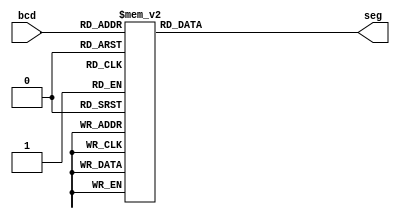
`timescale 1ns / 1ps
//////////////////////////////////////////////////////////////////////////////////
// Company: 
// Engineer: 
// 
// Design Name: 
// Module Name: binary_segment_decoder
// Project Name: 
// Target Devices: 
// Tool Versions: 
// Description: 7 segment decoder for annode LED tube
// 
// Dependencies: 
// 
// Revision:
// Revision 0.01 - File Created
// Additional Comments:
// 
//////////////////////////////////////////////////////////////////////////////////


module binary_segment_decoder(input [3:0] bcd, //DCBA
    output reg [6:0] seg// abcdefg
    );
    always @(bcd) begin
        case(bcd) 
            0 : seg <= 7'b0000001;
            1 : seg <= 7'b1001111;
            2 : seg <= 7'b0010010;
            3 : seg <= 7'b0000110;
            4 : seg <= 7'b1001100;
            5 : seg <= 7'b0100100;
            6 : seg <= 7'b0100000;
            7 : seg <= 7'b0001111;
            8 : seg <= 7'b0000000;
            9 : seg <= 7'b0000100;
            default : seg <= 7'b1111111; //display nothing
         endcase
    end
endmodule